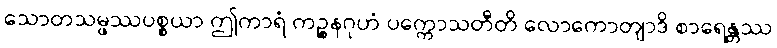
သောတသမ္ဖဿပစ္စယာ ဤကာရံ ကဉ္စနဂုဟံ ပက္ကောသတီတိ လောကောတျာဒိ စာရေန္တဿ